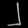
Digit: ၂